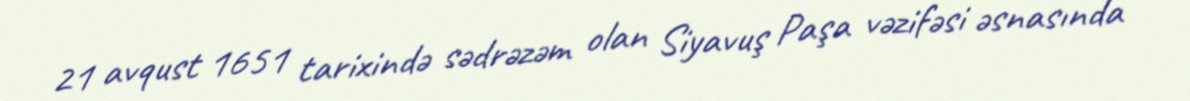
21 avqust 1651 tarixində sədrəzəm olan Siyavuş Paşa vəzifəsi əsnasında